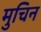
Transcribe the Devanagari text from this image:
मुचिन